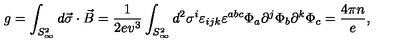
g = \int _ { S _ { \infty } ^ { 2 } } d \vec { \sigma } \cdot \vec { B } = \frac { 1 } { 2 e v ^ { 3 } } \int _ { S _ { \infty } ^ { 2 } } d ^ { 2 } \sigma ^ { i } \varepsilon _ { i j k } \varepsilon ^ { a b c } \Phi _ { a } \partial ^ { j } \Phi _ { b } \partial ^ { k } \Phi _ { c } = \frac { 4 \pi n } { e } ,